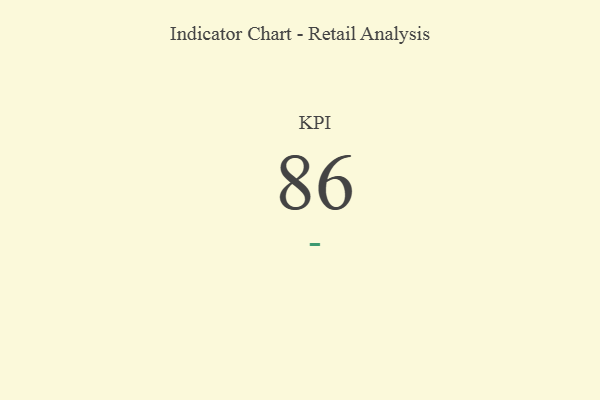
{"axis": {"x": "KPI", "y": "Value"}, "legend": [""], "data": [{"x": "KPI", "y": 86, "type": ""}]}